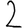
Digit: 2